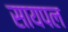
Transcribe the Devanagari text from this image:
सायपल